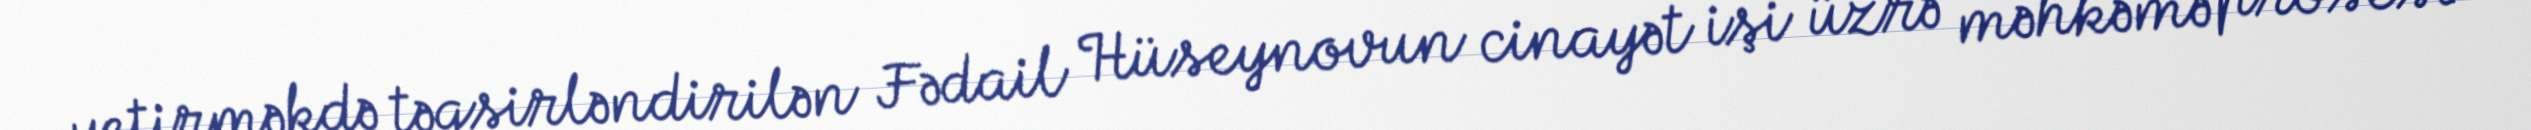
yetirməkdə təqsirləndirilən Fədail Hüseynovun cinayət işi üzrə məhkəmə prosesi